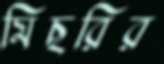
মিছরির